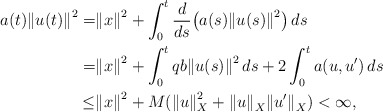
\begin{align*} a(t){\Vert u(t)\Vert}^2 =&{\Vert x \Vert}^2 + \int_0^t\frac{d}{ds}\big( a(s){\Vert u(s)\Vert}^2\big)\, ds\\ =&{\Vert x \Vert}^2 + \int_0^t qb{\Vert u(s)\Vert}^2\, ds + 2\int_0^ta(u,u^{\prime})\, ds \\ \le&{\Vert x \Vert}^2 + M({\Vert u \Vert}_X^2 + {\Vert u \Vert}_X{\Vert u^{\prime} \Vert}_X) < \infty,\end{align*}